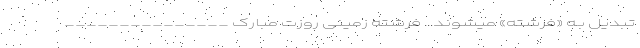
تبدیل بـه «فرشته» میشوند… فرشتهٔ زمینی روزت مبارک _______________